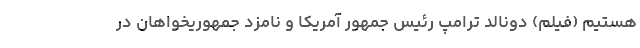
هستیم (فیلم) دونالد ترامپ رئیس جمهور آمریکا و نامزد جمهوریخواهان در